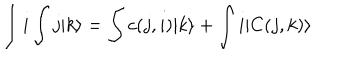
LaTeX: \int i \int j | k \rangle = \int c ( j , i ) | k \rangle + \int i | C ( j , k ) \rangle